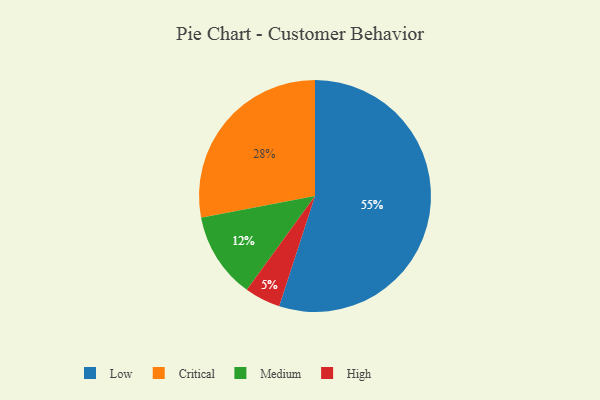
{"axis": {"x": "Category", "y": "Percentage"}, "legend": ["Critical", "High", "Low", "Medium"], "data": [{"x": "Medium", "y": 12, "type": "Medium"}, {"x": "Critical", "y": 28, "type": "Critical"}, {"x": "High", "y": 5, "type": "High"}, {"x": "Low", "y": 55, "type": "Low"}]}